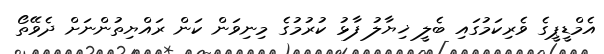
އެމްޑީޕީގެ ވެރިކަމުގައި ބެލީ ޚިޔާލު ފާޅު ކުރުމުގެ މިނިވަން ކަން ރައްޔިތުންނަށް ދެވޭތޯ